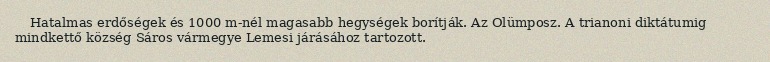
Hatalmas erdőségek és 1000 m-nél magasabb hegységek borítják. Az Olümposz. A trianoni diktátumig mindkettő község Sáros vármegye Lemesi járásához tartozott.